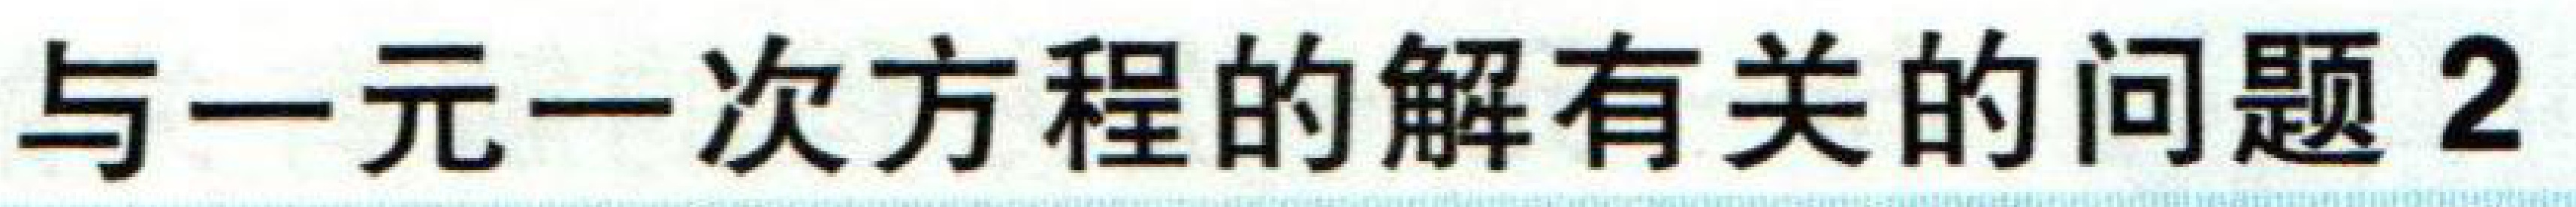
与一元一次方程的解有关的问题 2